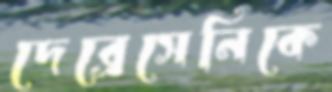
দেব্রেসেনিকে